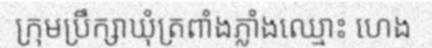
ក្រុមប្រឹក្សាឃុំត្រពាំងភ្លាំងឈ្មោះ ហេង